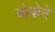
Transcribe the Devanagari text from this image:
बोबोने